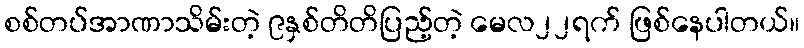
စစ်တပ်အာဏာသိမ်းတဲ့ ၉နှစ်တိတိပြည့်တဲ့ မေလ၂၂ရက် ဖြစ်နေပါတယ်။